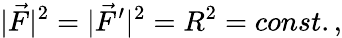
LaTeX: |\vec{F}|^{2}=|\vec{F}^{\prime}|^{2}=R^{2}=const.,